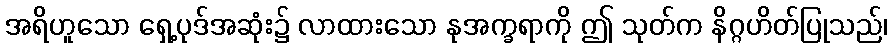
အရိဟူသော ရှေ့ပုဒ်အဆုံး၌ လာထားသော နုအက္ခရာကို ဤ သုတ်က နိဂ္ဂဟိတ်ပြုသည်၊